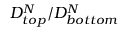
D _ { t o p } ^ { N } / D _ { b o t t o m } ^ { N }